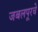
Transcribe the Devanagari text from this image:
जबलपूरचे